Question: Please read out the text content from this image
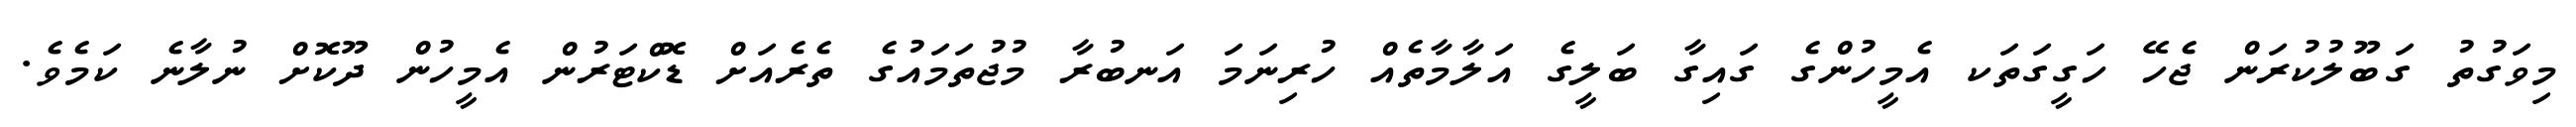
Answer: މިވަގުތު ގަބޫލުކުރަން ޖެހޭ ހަގީގަތަކ އެމީހުންގެ ގައިގާ ބަލީގެ އަލާމާތެއް ހުރިނަމަ އަނބުރާ މުޖުތަމައުގެ ތެރެއަށް ޑޮކްޓަރުން އެމީހުން ދޫކޮށް ނުލާނެ ކަމެވެ.